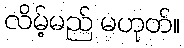
လိမ့်မည် မဟုတ်။